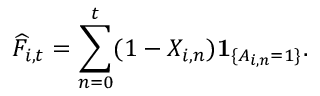
\widehat { F } _ { i , t } = \sum _ { n = 0 } ^ { t } ( 1 - X _ { i , n } ) \mathbf { 1 } _ { \{ A _ { i , n } = 1 \} } .